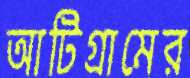
আটিগ্রামের